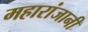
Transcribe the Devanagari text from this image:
महारांजानी